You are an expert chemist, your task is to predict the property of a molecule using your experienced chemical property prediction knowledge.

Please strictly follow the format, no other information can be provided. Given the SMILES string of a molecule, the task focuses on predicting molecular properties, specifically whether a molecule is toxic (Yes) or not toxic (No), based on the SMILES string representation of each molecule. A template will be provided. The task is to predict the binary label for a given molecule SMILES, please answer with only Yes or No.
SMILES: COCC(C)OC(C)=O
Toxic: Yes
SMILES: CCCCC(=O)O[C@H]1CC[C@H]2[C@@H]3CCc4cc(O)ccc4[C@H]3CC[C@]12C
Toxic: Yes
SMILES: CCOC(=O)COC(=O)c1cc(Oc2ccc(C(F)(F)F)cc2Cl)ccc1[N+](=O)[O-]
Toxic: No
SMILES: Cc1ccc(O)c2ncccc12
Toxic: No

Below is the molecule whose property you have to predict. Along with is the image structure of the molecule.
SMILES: Cc1cccc(C)c1NC(=O)CC12CCCN1CCC2
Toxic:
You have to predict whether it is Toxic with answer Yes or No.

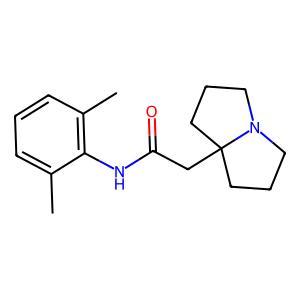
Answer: Yes